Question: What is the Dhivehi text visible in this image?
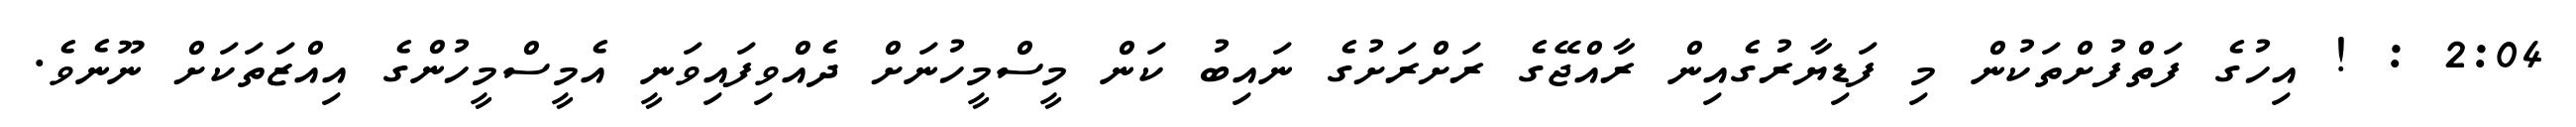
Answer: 2:04 : ! އިހުގެ ފަތްފުށްތަކުން މި ފަޑިޔާރުގެއިން ރާއްޖޭގެ ރަށްރަށުގެ ނައިބު ކަން މީސްމީހުނަށް ދެއްވިފައިވަނީ އެމީސްމީހުންގެ އިއްޒަތަކަށް ނޫނެވެ.